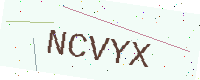
Text: NCVYX